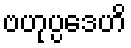
ဗဟုပ္ပဒေဟိ